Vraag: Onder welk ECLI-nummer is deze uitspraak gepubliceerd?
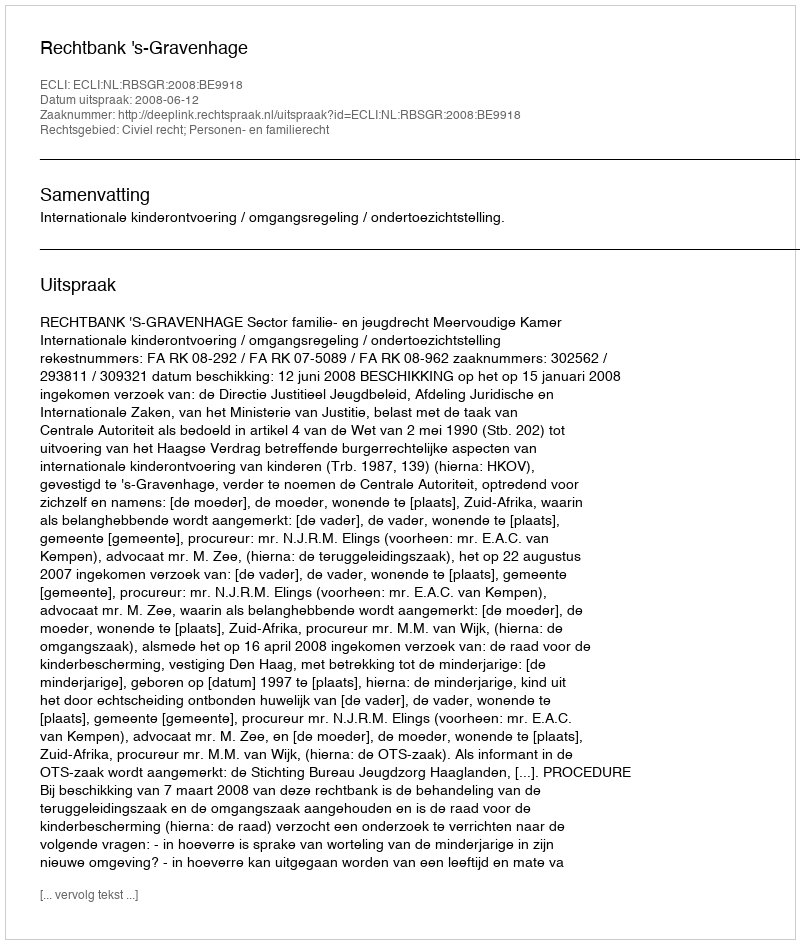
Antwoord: ECLI:NL:RBSGR:2008:BE9918